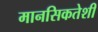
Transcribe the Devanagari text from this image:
मानसिकतेशी